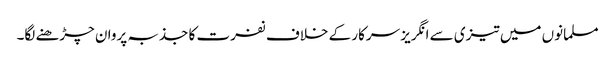
مسلمانوں میں تیزی سے انگریز سرکار کے خلاف نفرت کا جذبہ پروان چڑھنے لگا۔